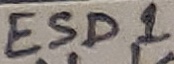
Text: ESD1